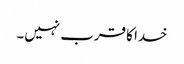
خدا کا قرب نہیں۔